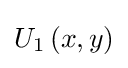
U_{1}\left(x,y\right)